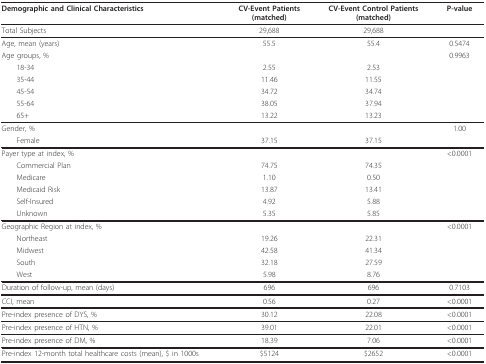
| Demographic and Clinical Characteristics | CV-Event Patients(matched) | CV-Event Control Patients(matched) | P-value |
 | --- | --- | --- | --- |
 | Total Subjects | 29,688 | 29,688 |  |
 | Age, mean (years) | 55.5 | 55.4 | 0.5474 |
 | Age groups, % |  |  | 0.9963 |
 | 18-34 | 2.55 | 2.53 |  |
 | 35-44 | 11.46 | 11.55 |  |
 | 45-54 | 34.72 | 34.74 |  |
 | 55-64 | 38.05 | 37.94 |  |
 | 65+ | 13.22 | 13.23 |  |
 | Gender, % |  |  | 1.00 |
 | Female | 37.15 | 37.15 |  |
 | Payer type at index, % |  |  | <0.0001 |
 | Commercial Plan | 74.75 | 74.35 |  |
 | Medicare | 1.10 | 0.50 |  |
 | Medicaid Risk | 13.87 | 13.41 |  |
 | Self-Insured | 4.92 | 5.88 |  |
 | Unknown | 5.35 | 5.85 |  |
 | Geographic Region at index, % |  |  | <0.0001 |
 | Northeast | 19.26 | 22.31 |  |
 | Midwest | 42.58 | 41.34 |  |
 | South | 32.18 | 27.59 |  |
 | West | 5.98 | 8.76 |  |
 | Duration of follow-up, mean (days) | 696 | 696 | 0.7103 |
 | CCI, mean | 0.56 | 0.27 | <0.0001 |
 | Pre-index presence of DYS, % | 30.12 | 22.08 | <0.0001 |
 | Pre-index presence of HTN, % | 39.01 | 22.01 | <0.0001 |
 | Pre-index presence of DM, % | 18.39 | 7.06 | <0.0001 |
 | Pre-index 12-month total healthcare costs (mean), $ in 1000s | $5124 | $2652 | <0.0001 |